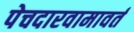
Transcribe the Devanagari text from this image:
पेचदारवामावर्त